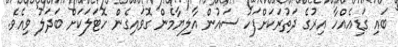
ބައި ގަޑިއެއްހާ އިރުގެ ދަތުރަކަށްފަހު ސައުން އާލިޔާމެން ގޮވައިގެން ހޮޓަލަކަށް ބަދަލު ވިއެވެ.